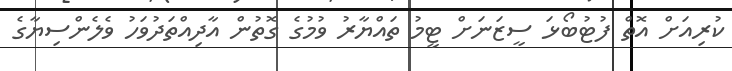
ކުރިއަށް އޮތް ފުޓުބޯޅަ ސީޒަނަށް ޓީމު ތައްޔާރު ވުމުގެ ގޮތުން އާދިއްތަދުވަހު ވެލެންސިޔާގެ